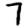
Digit: 7